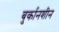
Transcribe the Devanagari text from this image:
बुर्कानशीन